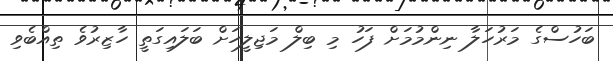
ބަހުސްގެ މަރުހަލާ ނިންމުމަށް ފަހު މި ބިލް މަޖިލީހަށް ބަލައިގަތީ ހާޒިރުވެ ތިއްބެވި